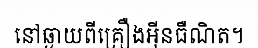
នៅឆ្ងាយពីគ្រឿងអ៊ីនធឺណិត។